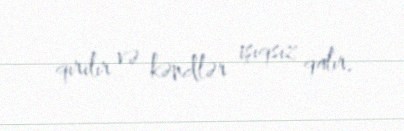
qırılır və kəndlər işıqsız qalır.